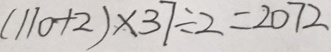
( 1 1 0 + 2 ) \times 3 7 \div 2 = 2 0 7 2